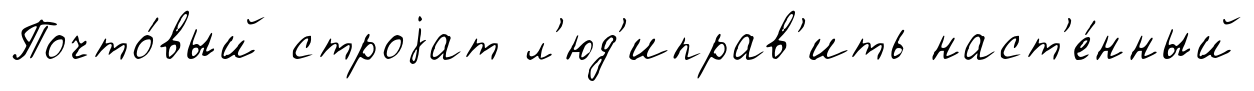
Почто́вый строjат л'юд'иправ'ить наст'е́нный